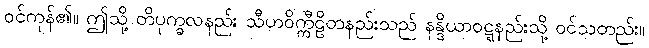
ဝင်ကုန်၏။ ဤသို့ တိပုက္ခလနည်း သီဟဝိက္ကီဠိတနည်းသည် နန္ဒိယာဝဋ္ဋနည်းသို့ ဝင်သတည်း။